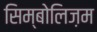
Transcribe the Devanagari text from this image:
सिम्बोलिज़म